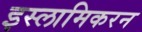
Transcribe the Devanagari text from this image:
इस्लामिकरन